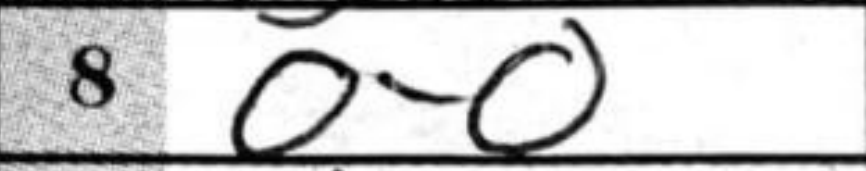
Transcription: O-O